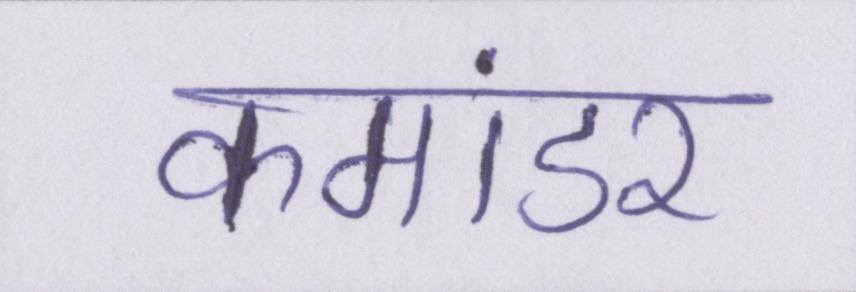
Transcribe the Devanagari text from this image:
कमांडर